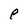
Character: e